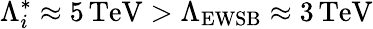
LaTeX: \Lambda_{i}^{*}\approx 5\, \mathrm{TeV}>\Lambda_{\mathrm{EWSB}}\approx 3\, \mathrm{TeV}